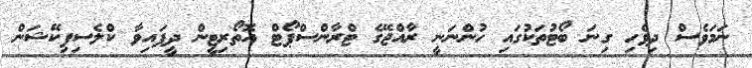
ނަމަވެސް ދިވެހި ގިނަ ބޯޓުތަކުގައި ހުންނަނީ ރާއްޖޭގެ ޓްރާންސްޕޯޓް އޮތޯރިޓީން ދީފައިވާ ކްލެސިފިކޭޝަން